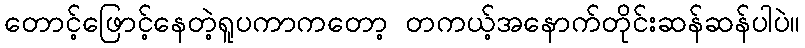
တောင့်ဖြောင့်နေတဲ့ရူပကာကတော့ တကယ့်အနောက်တိုင်းဆန်ဆန်ပါပဲ။